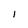
Character: l